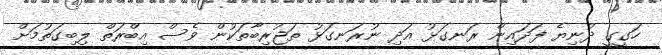
ހަގީގީ ދުނިޔެ ފަދައިން ރަނގަޅު އަދި ނުރަނގަޅު ތަޖުރިބާތަކުން ވެސް އިބްރަތް ލިބިގަތުމަށް